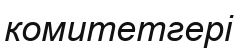
комитетгері